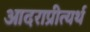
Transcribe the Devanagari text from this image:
आदराप्रीत्यर्थ